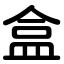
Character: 盒